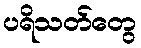
ပရိသတ်တွေ